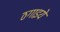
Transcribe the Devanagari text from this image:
ठगाइये